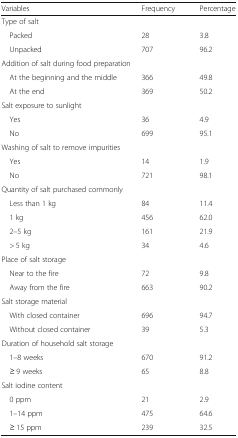
<table><thead><tr><td><b>Variables</b></td><td><b>Frequency</b></td><td><b>Percentage</b></td></tr></thead><tbody><tr><td colspan="3">Type of salt</td></tr><tr><td> Packed</td><td>28</td><td>3.8</td></tr><tr><td> Unpacked</td><td>707</td><td>96.2</td></tr><tr><td colspan="3">Addition of salt during food preparation</td></tr><tr><td> At the beginning and the middle</td><td>366</td><td>49.8</td></tr><tr><td> At the end</td><td>369</td><td>50.2</td></tr><tr><td colspan="3">Salt exposure to sunlight</td></tr><tr><td> Yes</td><td>36</td><td>4.9</td></tr><tr><td> No</td><td>699</td><td>95.1</td></tr><tr><td colspan="3">Washing of salt to remove impurities</td></tr><tr><td> Yes</td><td>14</td><td>1.9</td></tr><tr><td> No</td><td>721</td><td>98.1</td></tr><tr><td colspan="3">Quantity of salt purchased commonly</td></tr><tr><td> Less than 1 kg</td><td>84</td><td>11.4</td></tr><tr><td> 1 kg</td><td>456</td><td>62.0</td></tr><tr><td> 2–5 kg</td><td>161</td><td>21.9</td></tr><tr><td> &gt; 5 kg</td><td>34</td><td>4.6</td></tr><tr><td colspan="3">Place of salt storage</td></tr><tr><td> Near to the fire</td><td>72</td><td>9.8</td></tr><tr><td> Away from the fire</td><td>663</td><td>90.2</td></tr><tr><td colspan="3">Salt storage material</td></tr><tr><td> With closed container</td><td>696</td><td>94.7</td></tr><tr><td> Without closed container</td><td>39</td><td>5.3</td></tr><tr><td colspan="3">Duration of household salt storage</td></tr><tr><td> 1–8 weeks</td><td>670</td><td>91.2</td></tr><tr><td> ≥ 9 weeks</td><td>65</td><td>8.8</td></tr><tr><td colspan="3">Salt iodine content</td></tr><tr><td> 0 ppm</td><td>21</td><td>2.9</td></tr><tr><td> 1–14 ppm</td><td>475</td><td>64.6</td></tr><tr><td> ≥ 15 ppm</td><td>239</td><td>32.5</td></tr></tbody></table>